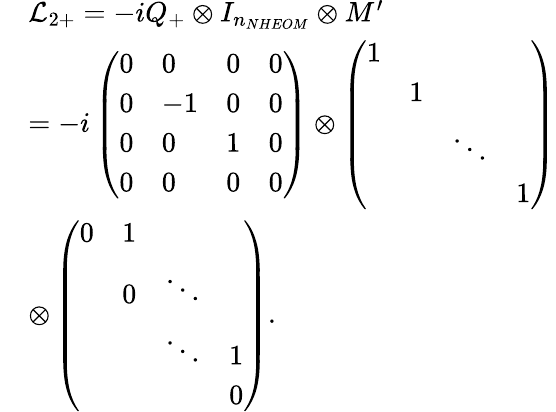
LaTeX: \begin{array}{rl}&{{\mathcal{L}_{2+}}=-iQ_{+}\otimes{{I}_{{{n}_{NHEOM}}}}\otimes M^{\prime}}\\ &{=-i\left(\begin{array}{llll}{0}&{0}&{0}&{0}\\ {0}&{-1}&{0}&{0}\\ {0}&{0}&{1}&{0}\\ {0}&{0}&{0}&{0}\end{array}\right)\otimes\left(\begin{array}{llll}{1}&{}&{}&{}\\ {}&{1}&{}&{}\\ {}&{}&{\ddots}&{}\\ {}&{}&{}&{1}\end{array}\right)}\\ &{\otimes\left(\begin{array}{llll}{0}&{1}&{}&{}\\ {}&{0}&{\ddots}&{}\\ {}&{}&{\ddots}&{1}\\ {}&{}&{}&{0}\end{array}\right).}\end{array}